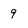
Character: 9